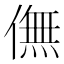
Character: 㒇